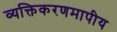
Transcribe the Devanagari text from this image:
व्यक्तिकरणमापीय